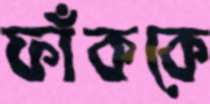
ফাঁককে